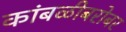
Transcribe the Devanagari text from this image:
कांबळीबरोबर